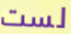
لست